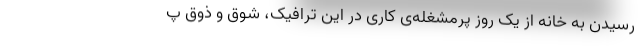
رسیدن به خانه از یک روز پرمشغله‌ی کاری در این ترافیک، شوق و ذوق پ